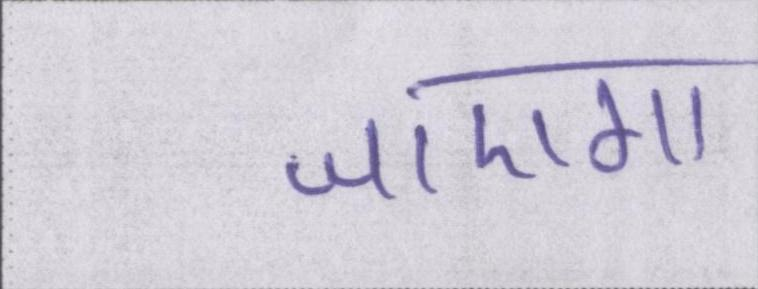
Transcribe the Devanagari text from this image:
जाएगा